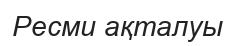
Ресми ақталуы